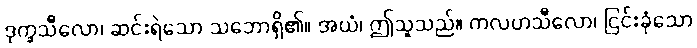
ဒုက္ခသီလော၊ ဆင်းရဲသော သဘောရှိ၏။ အယံ၊ ဤသူသည်။ ကလဟသီလော၊ ငြင်းခုံသော